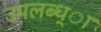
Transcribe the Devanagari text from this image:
उपलब्ध्ा